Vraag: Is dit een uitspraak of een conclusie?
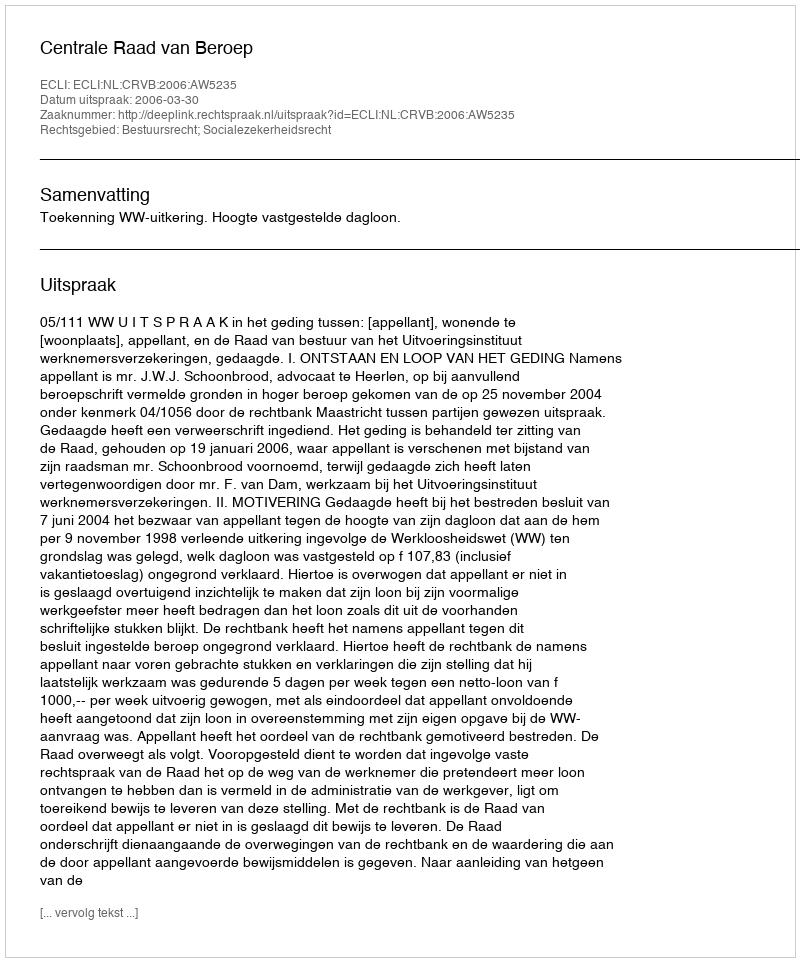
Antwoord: Uitspraak